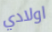
اولادي